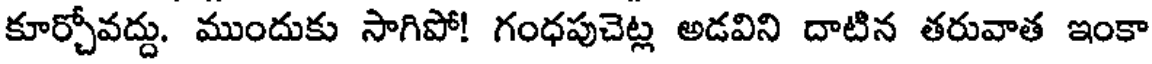
కూర్చోవద్దు. ముందుకు సాగిపో! గంధపుచెట్ల అడవిని దాటిన తరువాత ఇంకా